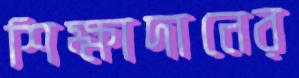
শিক্ষাদানের